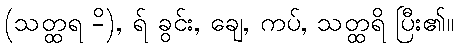
(သတ္ထရ -ိ), ရ် ခွင်း, ချေ, ကပ်, သတ္ထရိ ပြီး၏။